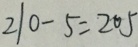
2 1 0 - 5 = 2 0 5